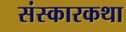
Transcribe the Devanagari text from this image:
संस्कारकथा